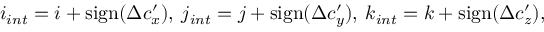
i _ { i n t } = i + \mathrm { s i g n } ( \Delta c _ { x } ^ { \prime } ) , \: j _ { i n t } = j + \mathrm { s i g n } ( \Delta c _ { y } ^ { \prime } ) , \: k _ { i n t } = k + \mathrm { s i g n } ( \Delta c _ { z } ^ { \prime } ) ,